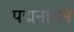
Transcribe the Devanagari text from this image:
पद्मनाथन